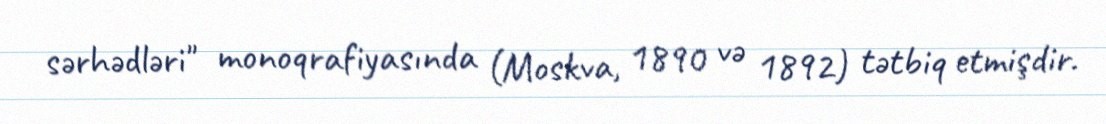
sərhədləri" monoqrafiyasında (Moskva, 1890 və 1892) tətbiq etmişdir.